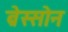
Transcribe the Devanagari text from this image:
ब्रेस्सोन